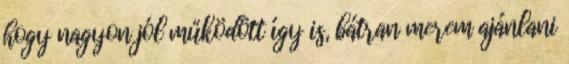
hogy nagyon jól működött így is, bátran merem ajánlani